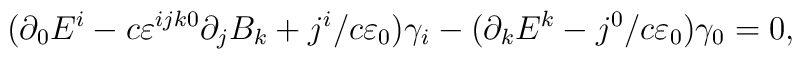
(\partial _{0}E^{i}-c\varepsilon ^{ijk0}\partial_{j}B_{k}+j^{i}/c\varepsilon _{0})\gamma _{i}-(\partial_{k}E^{k}-j^{0}/c\varepsilon _{0})\gamma _{0}=0,